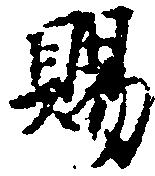
賜